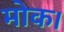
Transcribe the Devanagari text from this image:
मोक।